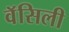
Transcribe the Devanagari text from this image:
वॅसिली